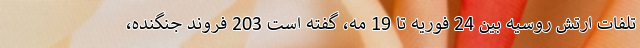
تلفات ارتش روسیه بین 24 فوریه تا 19 مه، گفته است 203 فروند جنگنده،